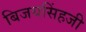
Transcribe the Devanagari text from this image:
बिजयसिंहजी